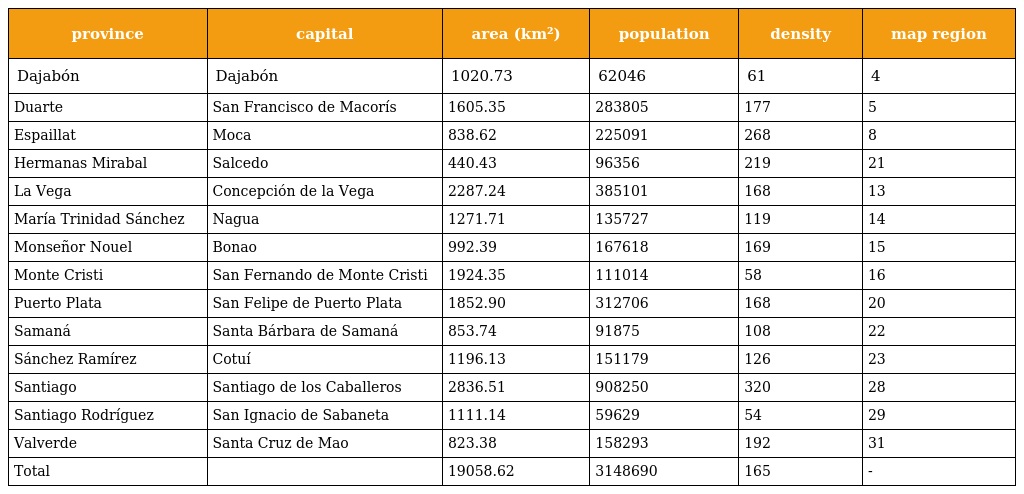
| province | capital | area (km²) | population | density | map region |
 | --- | --- | --- | --- | --- | --- |
 | Dajabón | Dajabón | 1020.73 | 62046 | 61 | 4 |
 | Duarte | San Francisco de Macorís | 1605.35 | 283805 | 177 | 5 |
 | Espaillat | Moca | 838.62 | 225091 | 268 | 8 |
 | Hermanas Mirabal | Salcedo | 440.43 | 96356 | 219 | 21 |
 | La Vega | Concepción de la Vega | 2287.24 | 385101 | 168 | 13 |
 | María Trinidad Sánchez | Nagua | 1271.71 | 135727 | 119 | 14 |
 | Monseñor Nouel | Bonao | 992.39 | 167618 | 169 | 15 |
 | Monte Cristi | San Fernando de Monte Cristi | 1924.35 | 111014 | 58 | 16 |
 | Puerto Plata | San Felipe de Puerto Plata | 1852.90 | 312706 | 168 | 20 |
 | Samaná | Santa Bárbara de Samaná | 853.74 | 91875 | 108 | 22 |
 | Sánchez Ramírez | Cotuí | 1196.13 | 151179 | 126 | 23 |
 | Santiago | Santiago de los Caballeros | 2836.51 | 908250 | 320 | 28 |
 | Santiago Rodríguez | San Ignacio de Sabaneta | 1111.14 | 59629 | 54 | 29 |
 | Valverde | Santa Cruz de Mao | 823.38 | 158293 | 192 | 31 |
 | Total |  | 19058.62 | 3148690 | 165 | - |